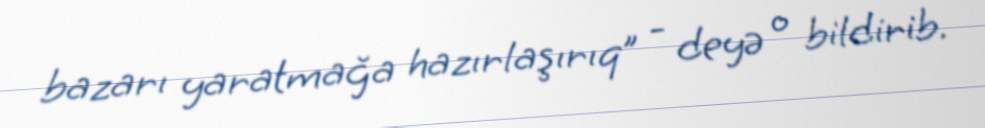
bazarı yaratmağa hazırlaşırıq” - deyə o bildirib.